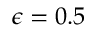
\epsilon = 0 . 5